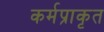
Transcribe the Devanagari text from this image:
कर्मप्राकृत